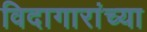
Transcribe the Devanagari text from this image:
विदागारांच्या